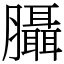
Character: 𦣀